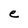
Character: e